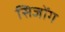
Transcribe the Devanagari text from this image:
सिजोंग